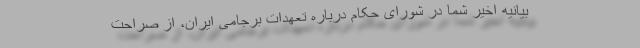
بیانیه اخیر شما در شورای حکام درباره تعهدات برجامی ایران، از صراحت